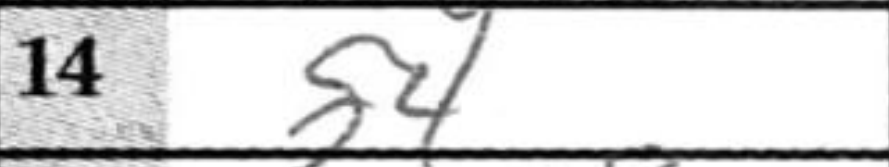
Transcription: d4